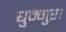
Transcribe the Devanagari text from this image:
घुन्गुर।